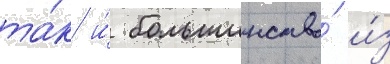
та́к и́ большинство́ и́з